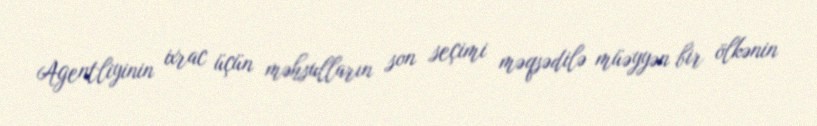
Agentliyinin ixrac üçün məhsulların son seçimi məqsədilə müəyyən bir ölkənin